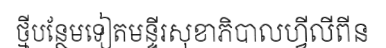
ថ្មីបន្ថែមទៀតមន្ទីរសុខាភិបាលហ្វីលីពីន